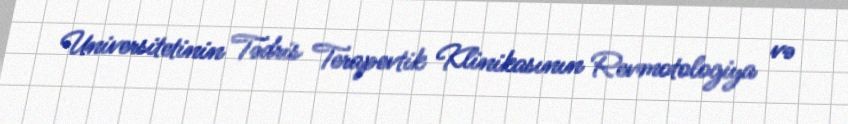
Universitetinin Tədris Terapevtik Klinikasının Revmotologiya və